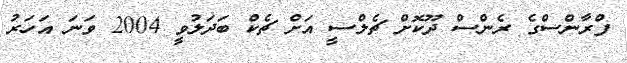
ފްރާންސްގެ ރެންސް ދޫކޮށް ޗެލްސީ އަށް ޗެކް ބަދަލުވީ 2004 ވަނަ އަހަރު